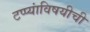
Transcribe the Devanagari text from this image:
टप्प्यांविषयीची